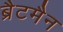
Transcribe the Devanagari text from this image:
ब्रैटमैन